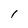
Character: I